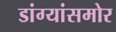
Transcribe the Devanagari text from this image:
डांग्यांसमोर